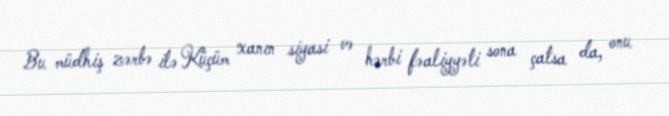
Bu müdhiş zərbə ilə Küçüm xanın siyasi və hərbi fəaliyyəti sona çatsa da, onu